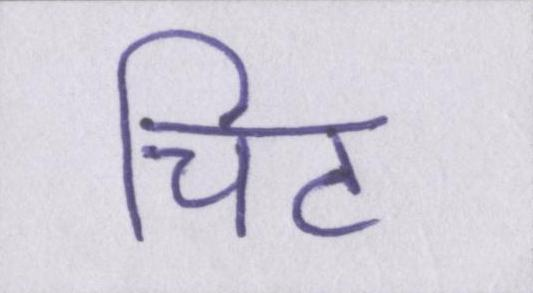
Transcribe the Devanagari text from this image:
चिट